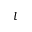
l